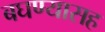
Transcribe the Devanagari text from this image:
बघण्यासह